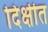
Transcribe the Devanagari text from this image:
दिक्षीत